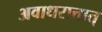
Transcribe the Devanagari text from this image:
अवाधरात्तात्